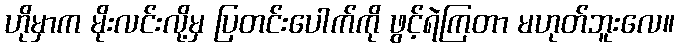
ဟိုမှာက မိုးလင်းလို့မှ ပြတင်းပေါက်ကို ဖွင့်ရဲကြတာ မဟုတ်ဘူးလေ။